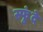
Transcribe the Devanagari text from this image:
स्फुंदे